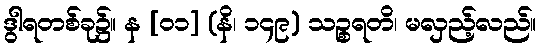
ဒွါရတစ်ခု၌။ န [၀၁] (နိ၊ ၁၄၉) သဉ္စရတိ၊ မလှည့်လည်။